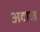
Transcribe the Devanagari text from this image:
अदाज